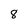
Character: 8